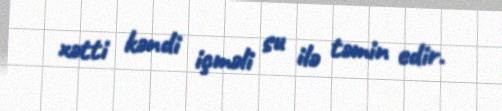
xətti kəndi içməli su ilə təmin edir.